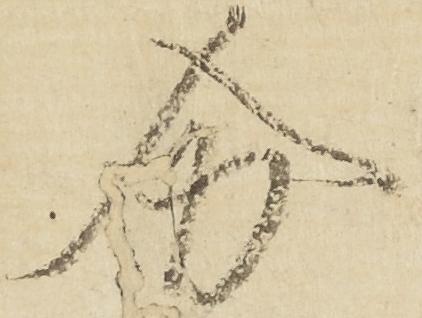
分